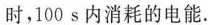
时，100s内消耗的电能.